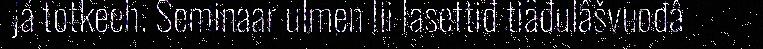
já totkeeh. Seminaar ulmen lii lasettiđ tiäđulâšvuođâ